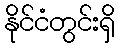
နိုင်ငံတွင်းရှိ